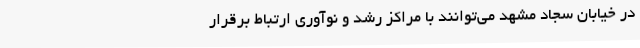
در خیابان سجاد مشهد می‌توانند با مراکز رشد و نوآوری ارتباط برقرار